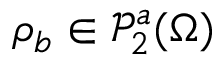
\rho _ { b } \in \mathscr { P } _ { 2 } ^ { a } ( \Omega )